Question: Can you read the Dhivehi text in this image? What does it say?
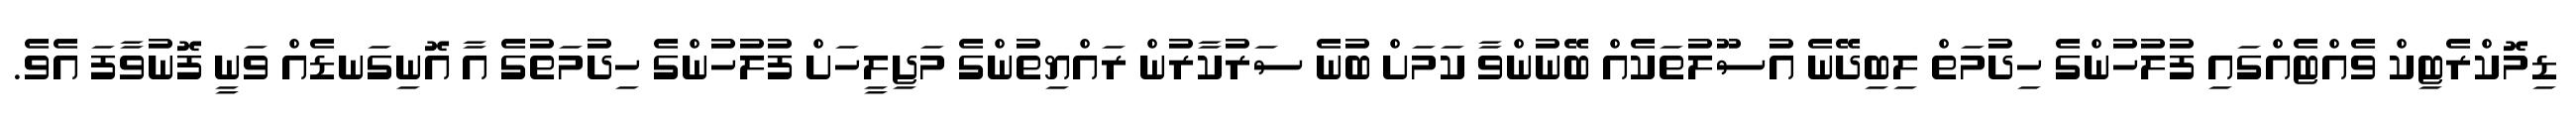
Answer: ޑިމޮކްރެޓިކް ވެއްޓެއްގައި ފުލުހުންގެ ހިދުމަތް ލިބިދޭނެ އުސޫލުތަކެއް ބޭނުންވާ ކަމަށް ބުނެ ސަރުކާރުން ރައްޔިތުންގެ މަޖިލީހަށް ފުލުހުންގެ ހިދުމަތުގެ އާ އޮނިގަނޑެއް ވަނީ ފޮނުވާފަ އެވެ.